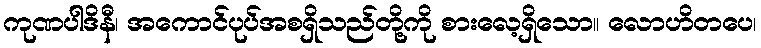
ကုဏပါဒိနီ၊ အကောင်ပုပ်အစရှိသည်တို့ကို စားလေ့ရှိသော။ လောဟိတပေ၊